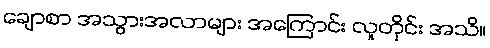
ချောစာ အသွားအလာများ အကြောင်း လူတိုင်း အသိ။